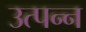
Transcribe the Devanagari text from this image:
उत्‍पन्‍न्‍ा